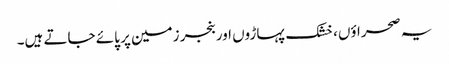
یہ صحراؤں، خشک پہاڑوں اور بنجر زمین پر پائے جاتے ہیں۔